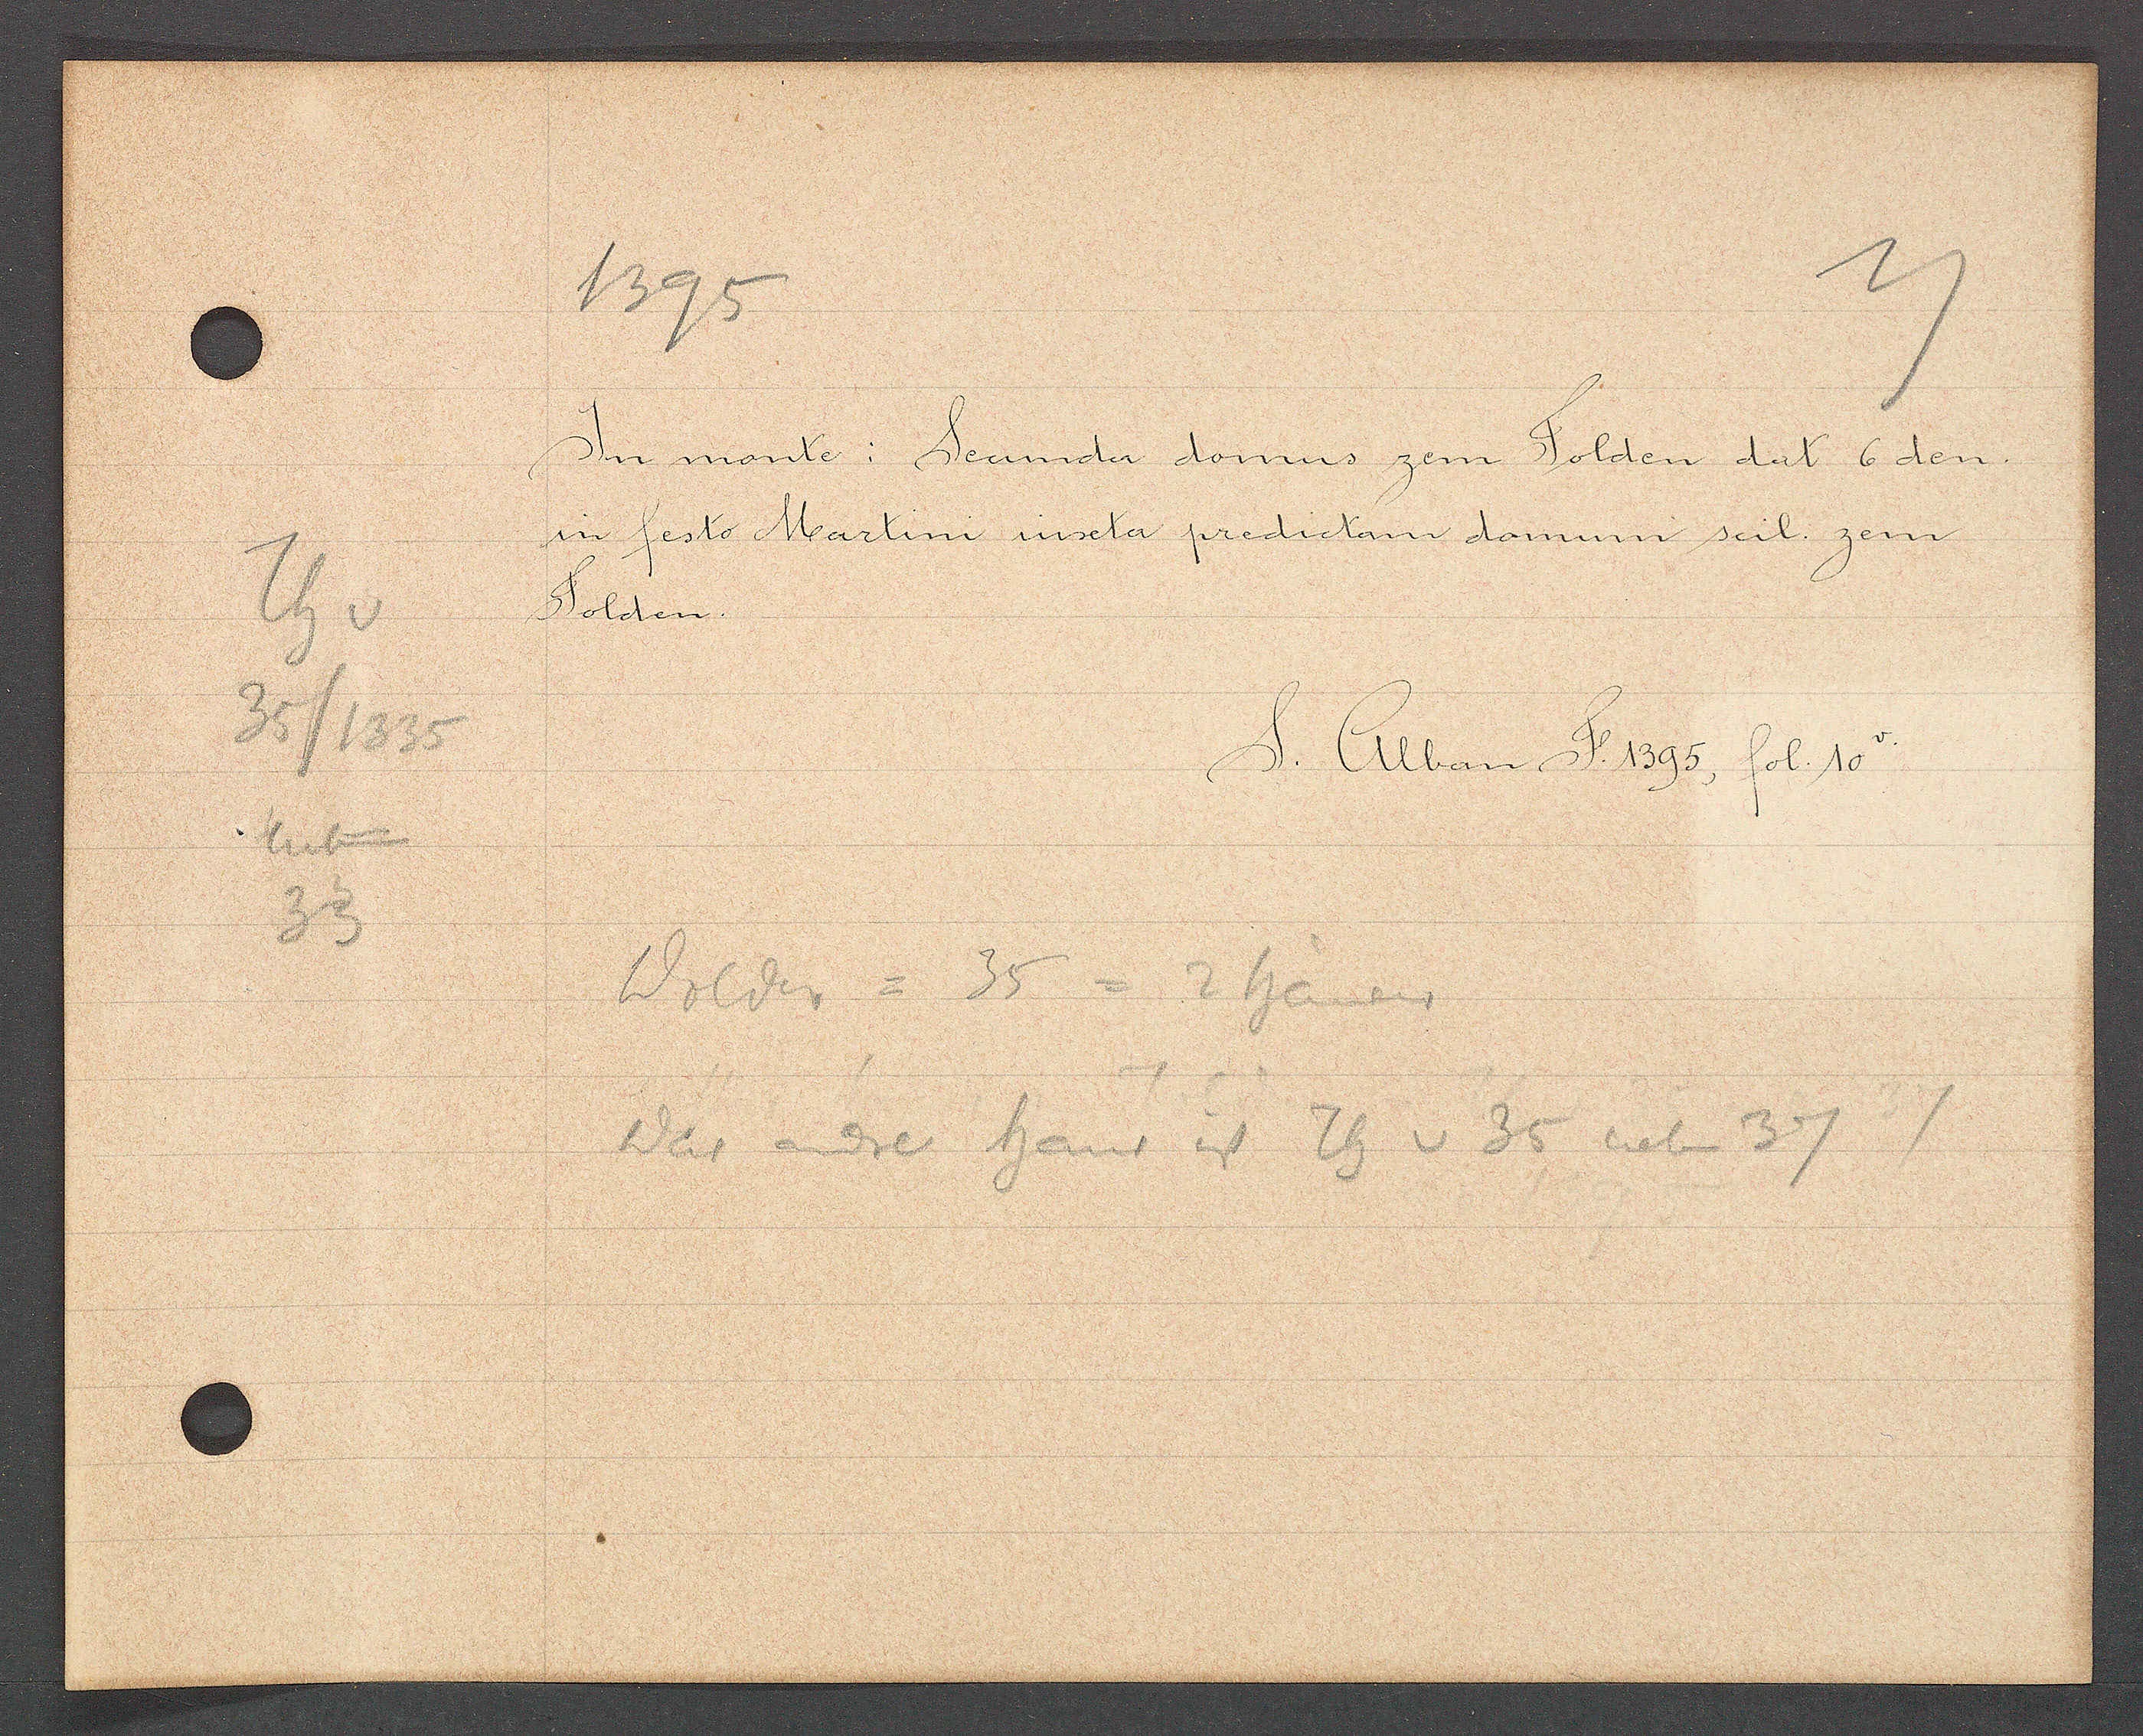
Transcript:
Th
35/1335
Rechg
3

1395

In mante Secinda domus zem Solden dat 6 dem
sin festo Martini iuxta predictam domum seil. zem
Solden.

S. Alban F 1395, fol. 10.

Bolder = 35
2 hanes
Das andres Hans u Th v 35 neben 3